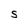
Character: S